38_143685_box_Incident_Summaries_101-172
Agency: Department of War
Page 41
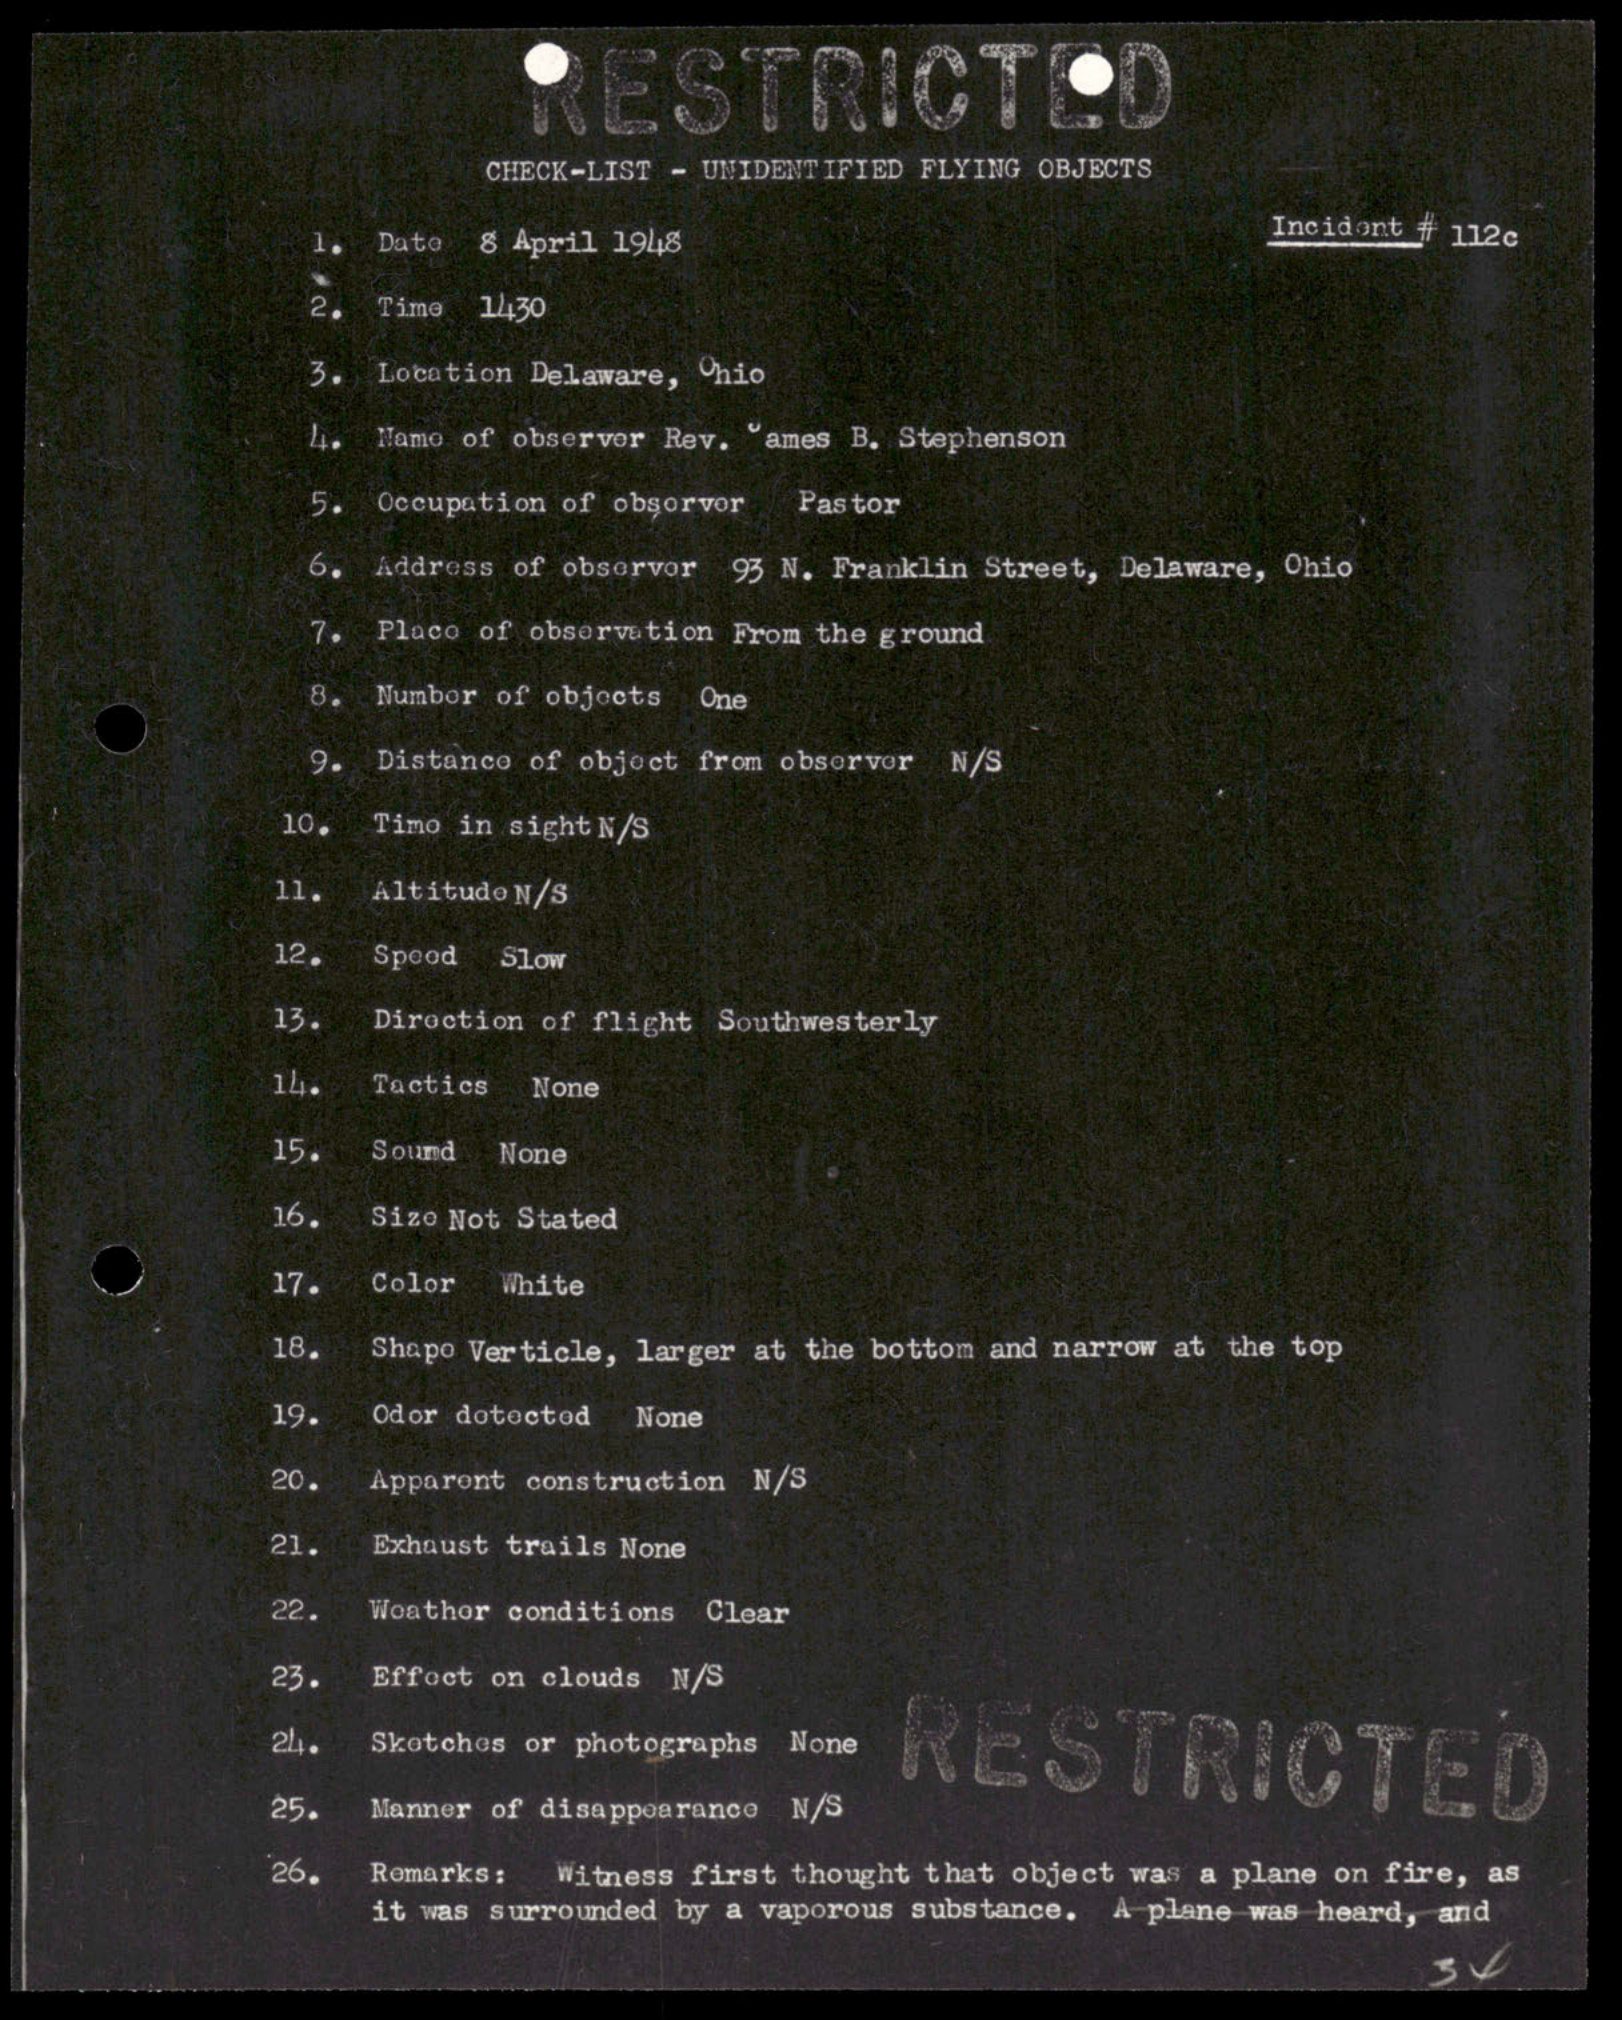